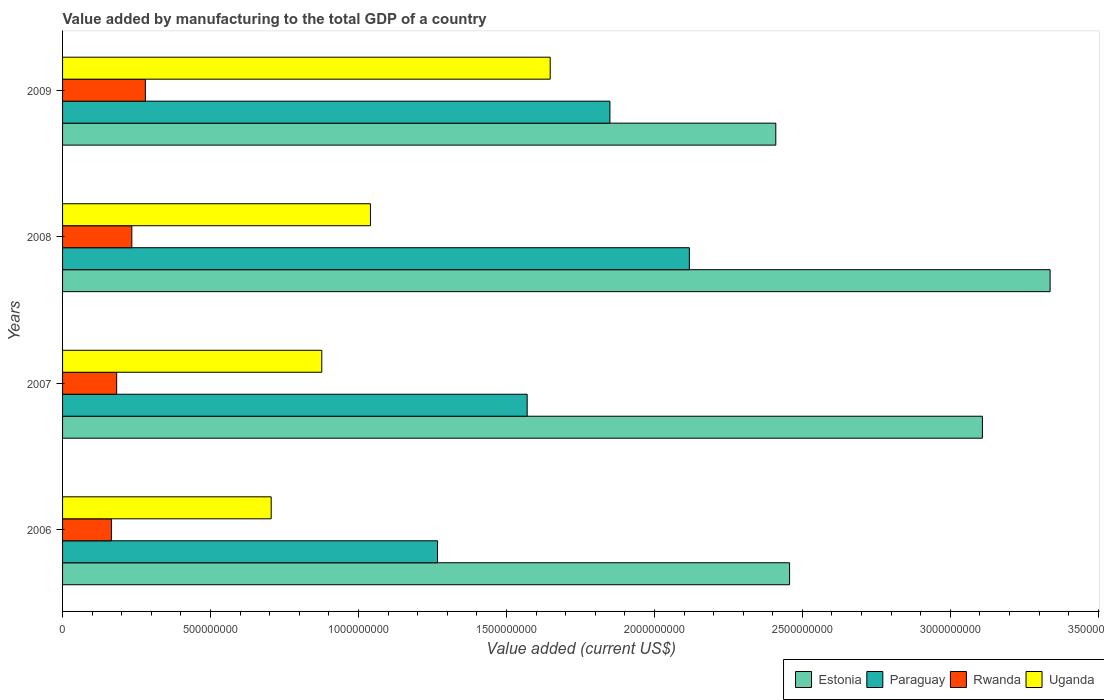
| Years | Estonia | Paraguay | Rwanda | Uganda |
 | --- | --- | --- | --- | --- |
 | 2006 | 2.46e+09 | 1.27e+09 | 1.65e+08 | 7.05e+08 |
 | 2007 | 3.11e+09 | 1.57e+09 | 1.83e+08 | 8.76e+08 |
 | 2008 | 3.34e+09 | 2.12e+09 | 2.34e+08 | 1.04e+09 |
 | 2009 | 2.41e+09 | 1.85e+09 | 2.8e+08 | 1.65e+09 |